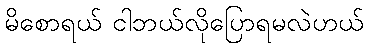
မိစောရယ် ငါဘယ်လိုပြောရမလဲဟယ်